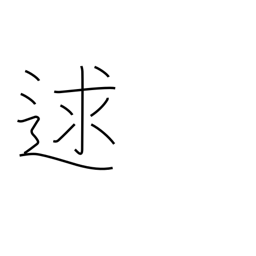
Meaning: meet